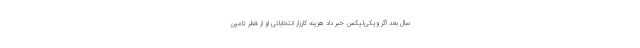
سال بعد اگر ویکی‌لیکس خبر داد هزینه کارزار انتخاباتی او از قطر تامین